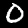
Label: 0